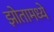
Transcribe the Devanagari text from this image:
झोतामध्ये